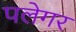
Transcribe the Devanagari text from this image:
पलेगर